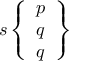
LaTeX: s \left\{ { \begin{array} { l } { p } \\ { q } \\ { q } \end{array} } \right\}